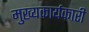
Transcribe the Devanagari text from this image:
मुख्यकार्यकारी